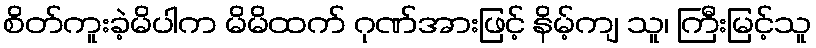
စိတ်ကူးခဲ့မိပါက မိမိထက် ဂုဏ်အားဖြင့် နိမ့်ကျ သူ၊ ကြီးမြင့်သူ